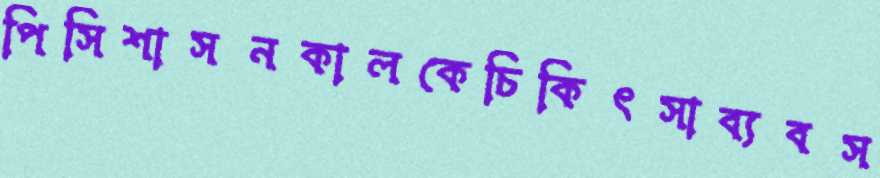
পিসিশাসনকালকেচিকিৎসাব্যবস